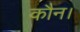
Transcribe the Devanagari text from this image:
कौन।